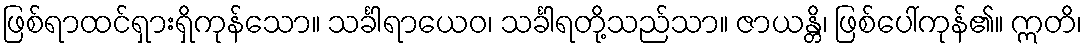
ဖြစ်ရာထင်ရှားရှိကုန်သော။ သင်္ခါရာယေဝ၊ သင်္ခါရတို့သည်သာ။ ဇာယန္တိ၊ ဖြစ်ပေါ်ကုန်၏။ ဣတိ၊